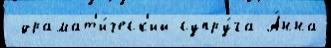
 драмат'и́ческ'ий супру́га А́нна